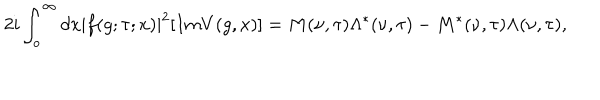
2 i \int _ { o } ^ { \infty } d x | f ( g ; \tau ; x ) | ^ { 2 } [ I m V ( g , x ) ] = M ( \nu , \tau ) \Lambda ^ { * } ( \nu , \tau ) - M ^ { * } ( \nu , \tau ) \Lambda ( \nu , \tau ) ,